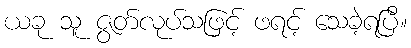
ယခု သူ ဇွတ်လုပ်သဖြင့် ဖရင့် သေခဲ့ရပြီ။